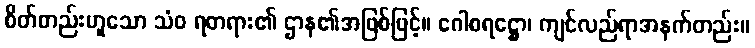
စိတ်တည်းဟူသော သံဝ ရတရား၏ ဌာန၏အဖြစ်ဖြင့်။ ဂေါစရဋ္ဌော၊ ကျင်လည်ရာအနက်တည်း။